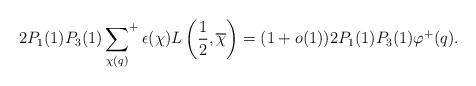
LaTeX: \begin{align*}2P_1(1) P_3(1) \sideset{}{^+}\sum_{\chi(q)} \epsilon(\chi)L \left( \frac{1}{2},\overline{\chi}\right) = (1+o(1))2 P_1(1) P_3(1)\varphi^+(q).\end{align*}